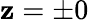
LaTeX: \mathbf{z}=\pm0